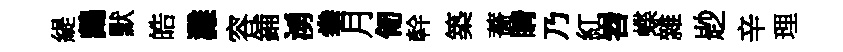
緹鷓默皓灘容鋪湧拳月匍幹築薔睛乃紅岧蝶雜尟辛理